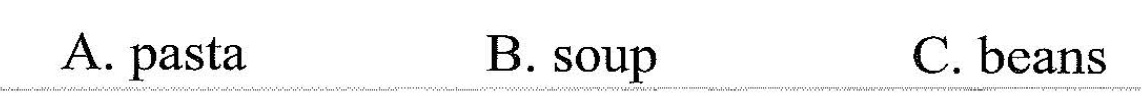
A. pusta B.Soup C. Beans